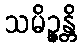
သမိဉ္ဇန္တိ